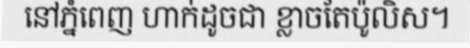
នៅភ្នំពេញ ហាក់ដូចជា ខ្លាចតែប៉ូលិស។